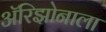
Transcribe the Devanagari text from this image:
अॅरिझोनाला